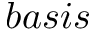
b a s i s